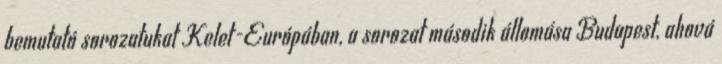
bemutató sorozatukat Kelet-Európában, a sorozat második állomása Budapest, ahová